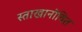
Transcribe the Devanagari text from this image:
स्ताखानोवित